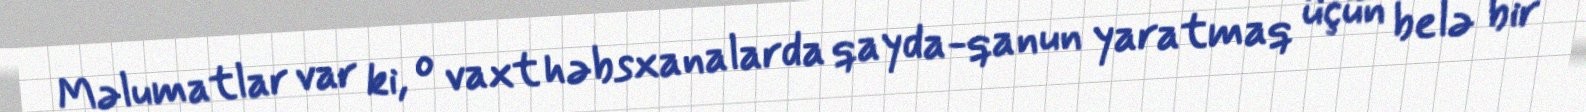
Məlumatlar var ki, o vaxt həbsxanalarda qayda-qanun yaratmaq üçün belə bir